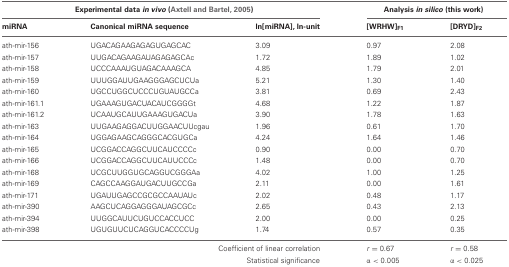
| <COLSPAN=3> Experimental data in vivo (Axtell and Bartel, 2005) | <COLSPAN=2> Analysis in silico (this work) |
 | miRNA | Canonical miRNA sequence | ln[miRNA], ln-unit | [WRHW]F1 | [DRYD]F2 |
 | --- | --- | --- | --- | --- |
 | ath-mir-156 | UGACAGAAGAGAGUGAGCAC | 3.09 | 0.97 | 2.08 |
 | ath-mir-157 | UUGACAGAAGAUAGAGAGCAc | 1.72 | 1.89 | 1.02 |
 | ath-mir-158 | UCCCAAAUGUAGACAAAGCA | 4.85 | 1.79 | 2.01 |
 | ath-mir-159 | UUUGGAUUGAAGGGAGCUCUa | 5.21 | 1.30 | 1.40 |
 | ath-mir-160 | UGCCUGGCUCCCUGUAUGCCa | 3.81 | 0.69 | 2.43 |
 | ath-mir-161.1 | UGAAAGUGACUACAUCGGGGt | 4.68 | 1.22 | 1.87 |
 | ath-mir-161.2 | UCAAUGCAUUGAAAGUGACUa | 3.90 | 1.78 | 1.63 |
 | ath-mir-163 | UUGAAGAGGACUUGGAACUUcgau | 1.96 | 0.61 | 1.70 |
 | ath-mir-164 | UGGAGAAGCAGGGCACGUGCa | 4.24 | 1.64 | 1.46 |
 | ath-mir-165 | UCGGACCAGGCUUCAUCCCCc | 0.90 | 0.00 | 0.70 |
 | ath-mir-166 | UCGGACCAGGCUUCAUUCCCc | 1.48 | 0.00 | 0.70 |
 | ath-mir-168 | UCGCUUGGUGCAGGUCGGGAa | 4.02 | 1.00 | 1.25 |
 | ath-mir-169 | CAGCCAAGGAUGACUUGCCGa | 2.11 | 0.00 | 1.61 |
 | ath-mir-171 | UGAUUGAGCCGCGCCAAUAUc | 2.02 | 0.48 | 1.17 |
 | ath-mir-390 | AAGCUCAGGAGGGAUAGCGCc | 2.65 | 0.43 | 2.13 |
 | ath-mir-394 | UUGGCAUUCUGUCCACCUCC | 2.00 | 0.00 | 0.25 |
 | ath-mir-398 | UGUGUUCUCAGGUCACCCCUg | 1.74 | 0.57 | 0.35 |
 | <COLSPAN=3> Coefficient of linear correlation | r = 0.67 | r = 0.58 |
 | <COLSPAN=3> Statistical significance | α < 0.005 | α < 0.025 |